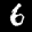
Label: 6